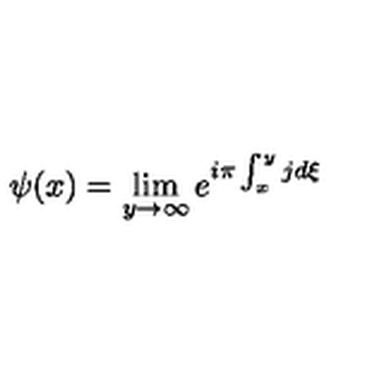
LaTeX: \psi ( x ) = \lim _ { y \rightarrow \infty } e ^ { i \pi \int _ { x } ^ { y } j d \xi }